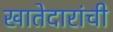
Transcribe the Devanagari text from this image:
खातेदारांची